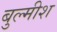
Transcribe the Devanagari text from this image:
बुल्मीश